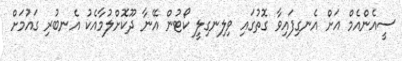
ސީއެންއެމް އަށް އެނގިފައިވާ ގޮތުގައި ވިލިނގިލީ ކޯޓުން އޭނާ ދޫކޮށްލުމާއެކު އެނބުރި ގައުމަށް